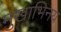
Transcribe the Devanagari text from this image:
मुखाभिनय